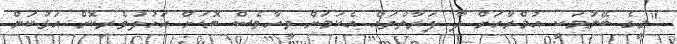
"މީގެ ބޭނުމަކީ އުމްރާއަށް ދާ ފަރާތްތައް އެކަމަށް ވީހާވެސް ބޮޑަށް އަހުލުވެރިކޮށް އަޅުކަން